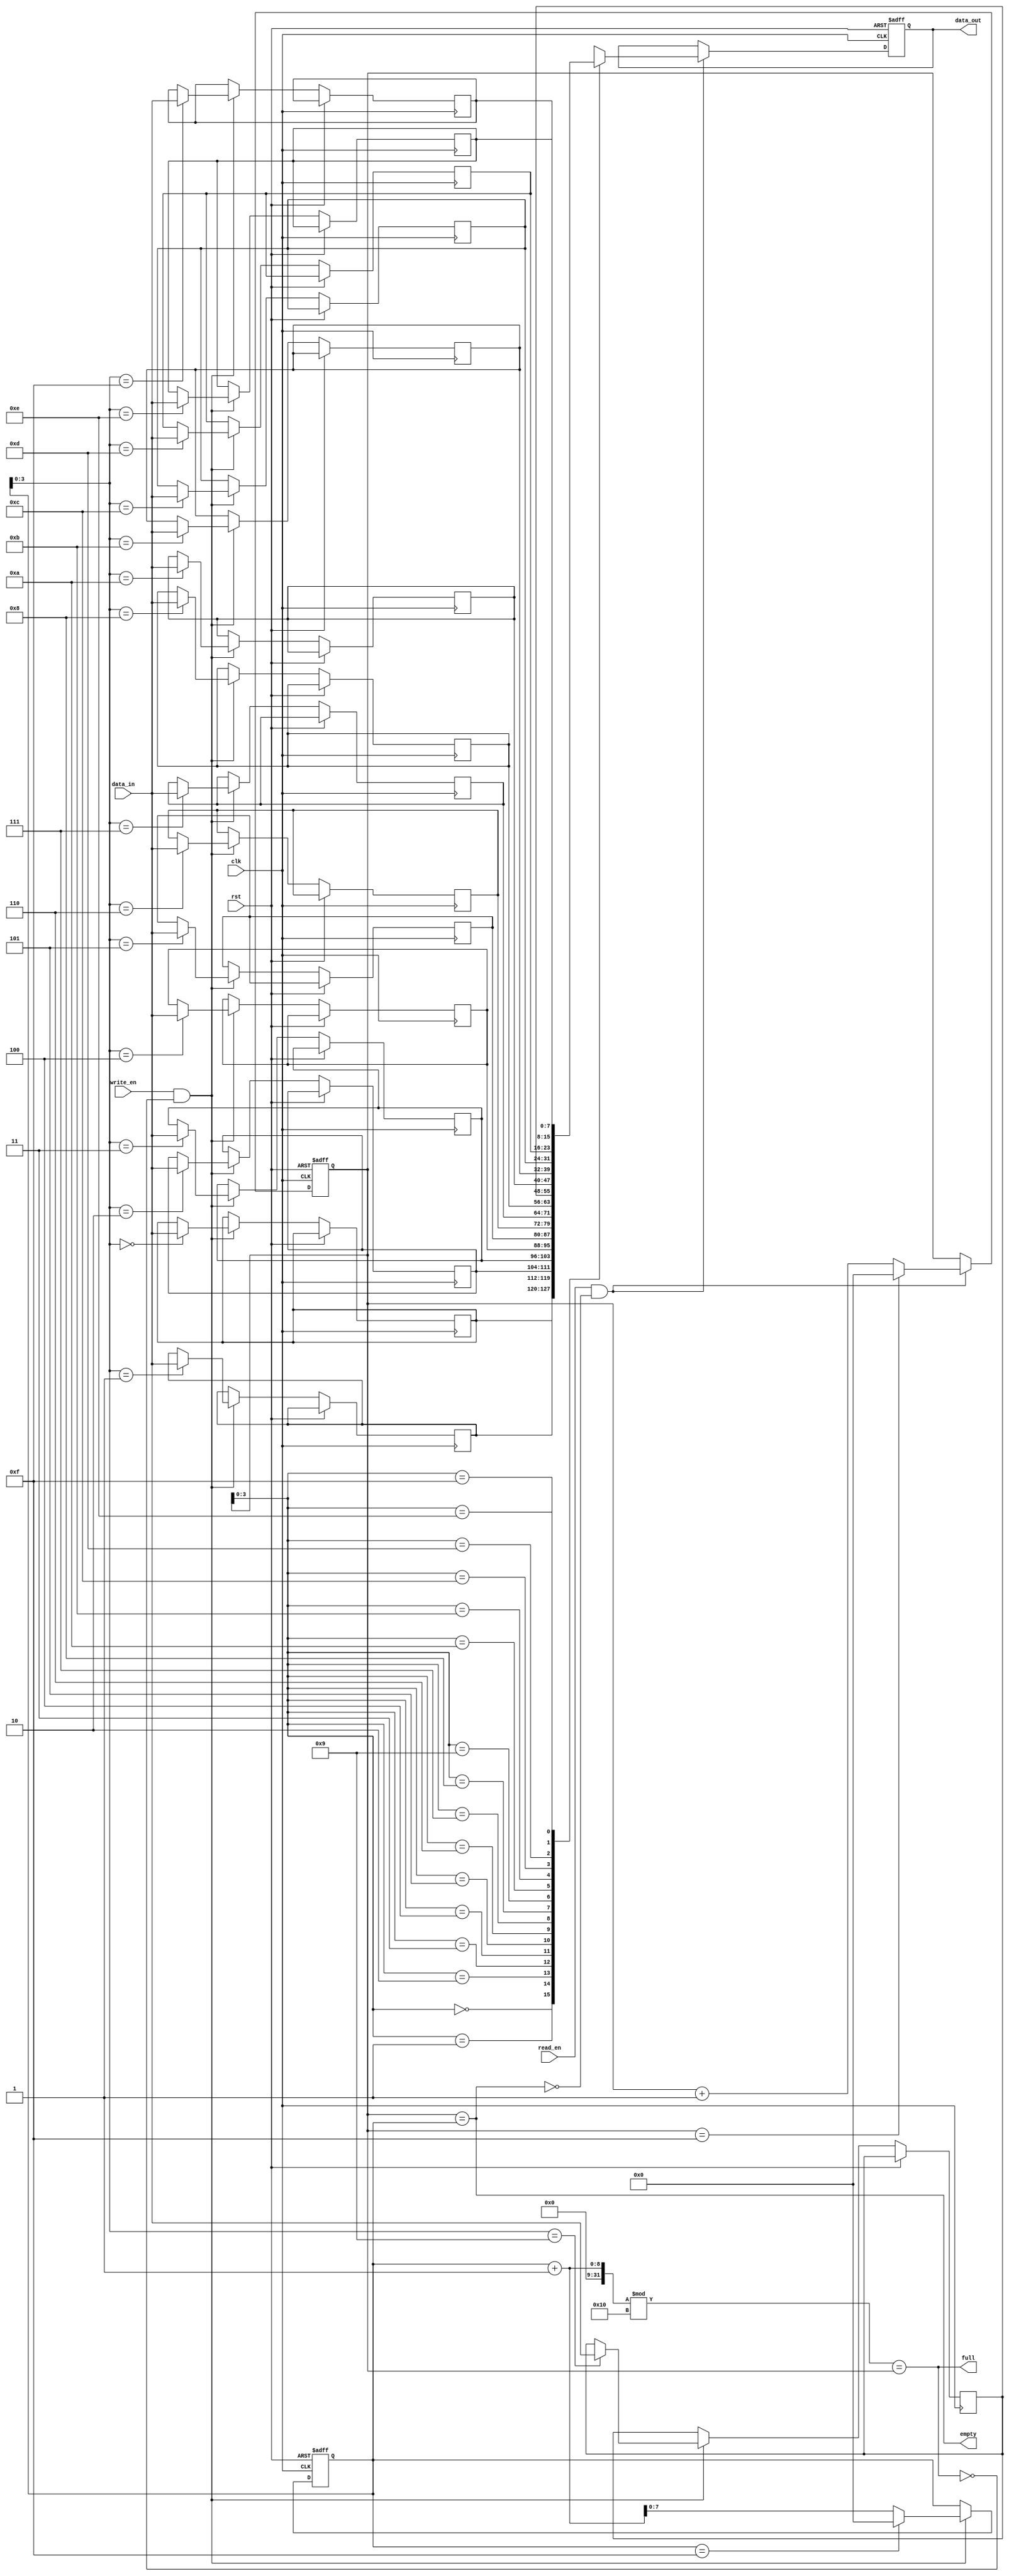
module FIFO #(
    parameter DATA_WIDTH = 8,
    parameter DEPTH = 16
)(
    input wire clk,
    input wire rst,
    input wire write_en,
    input wire read_en,
    input wire [DATA_WIDTH-1:0] data_in,
    output reg [DATA_WIDTH-1:0] data_out,
    output wire empty,
    output wire full
);

reg [DATA_WIDTH-1:0] memory [0:DEPTH-1];
reg [DATA_WIDTH-1:0] read_ptr, write_ptr;

always @ (posedge clk or posedge rst)
begin
    if (rst)
    begin
        read_ptr <= 0;
        write_ptr <= 0;
        data_out <= 0;
    end 
    else 
    begin
        if (write_en && !full)
        begin
            memory[write_ptr] <= data_in;
            write_ptr <= (write_ptr == DEPTH-1) ? 0 : write_ptr + 1;
        end

        if (read_en && !empty)
        begin
            data_out <= memory[read_ptr];
            read_ptr <= (read_ptr == DEPTH-1) ? 0 : read_ptr + 1;
        end
    end
end

assign empty = (read_ptr == write_ptr);
assign full = ((write_ptr + 1) % DEPTH) == read_ptr;

endmodule